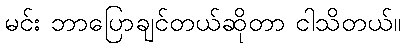
မင်း ဘာပြောချင်တယ်ဆိုတာ ငါသိတယ်။